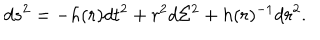
d s ^ { 2 } = - h ( r ) d t ^ { 2 } + r ^ { 2 } d \Sigma ^ { 2 } + h ( r ) ^ { - 1 } d r ^ { 2 } .